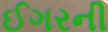
ઈગરની